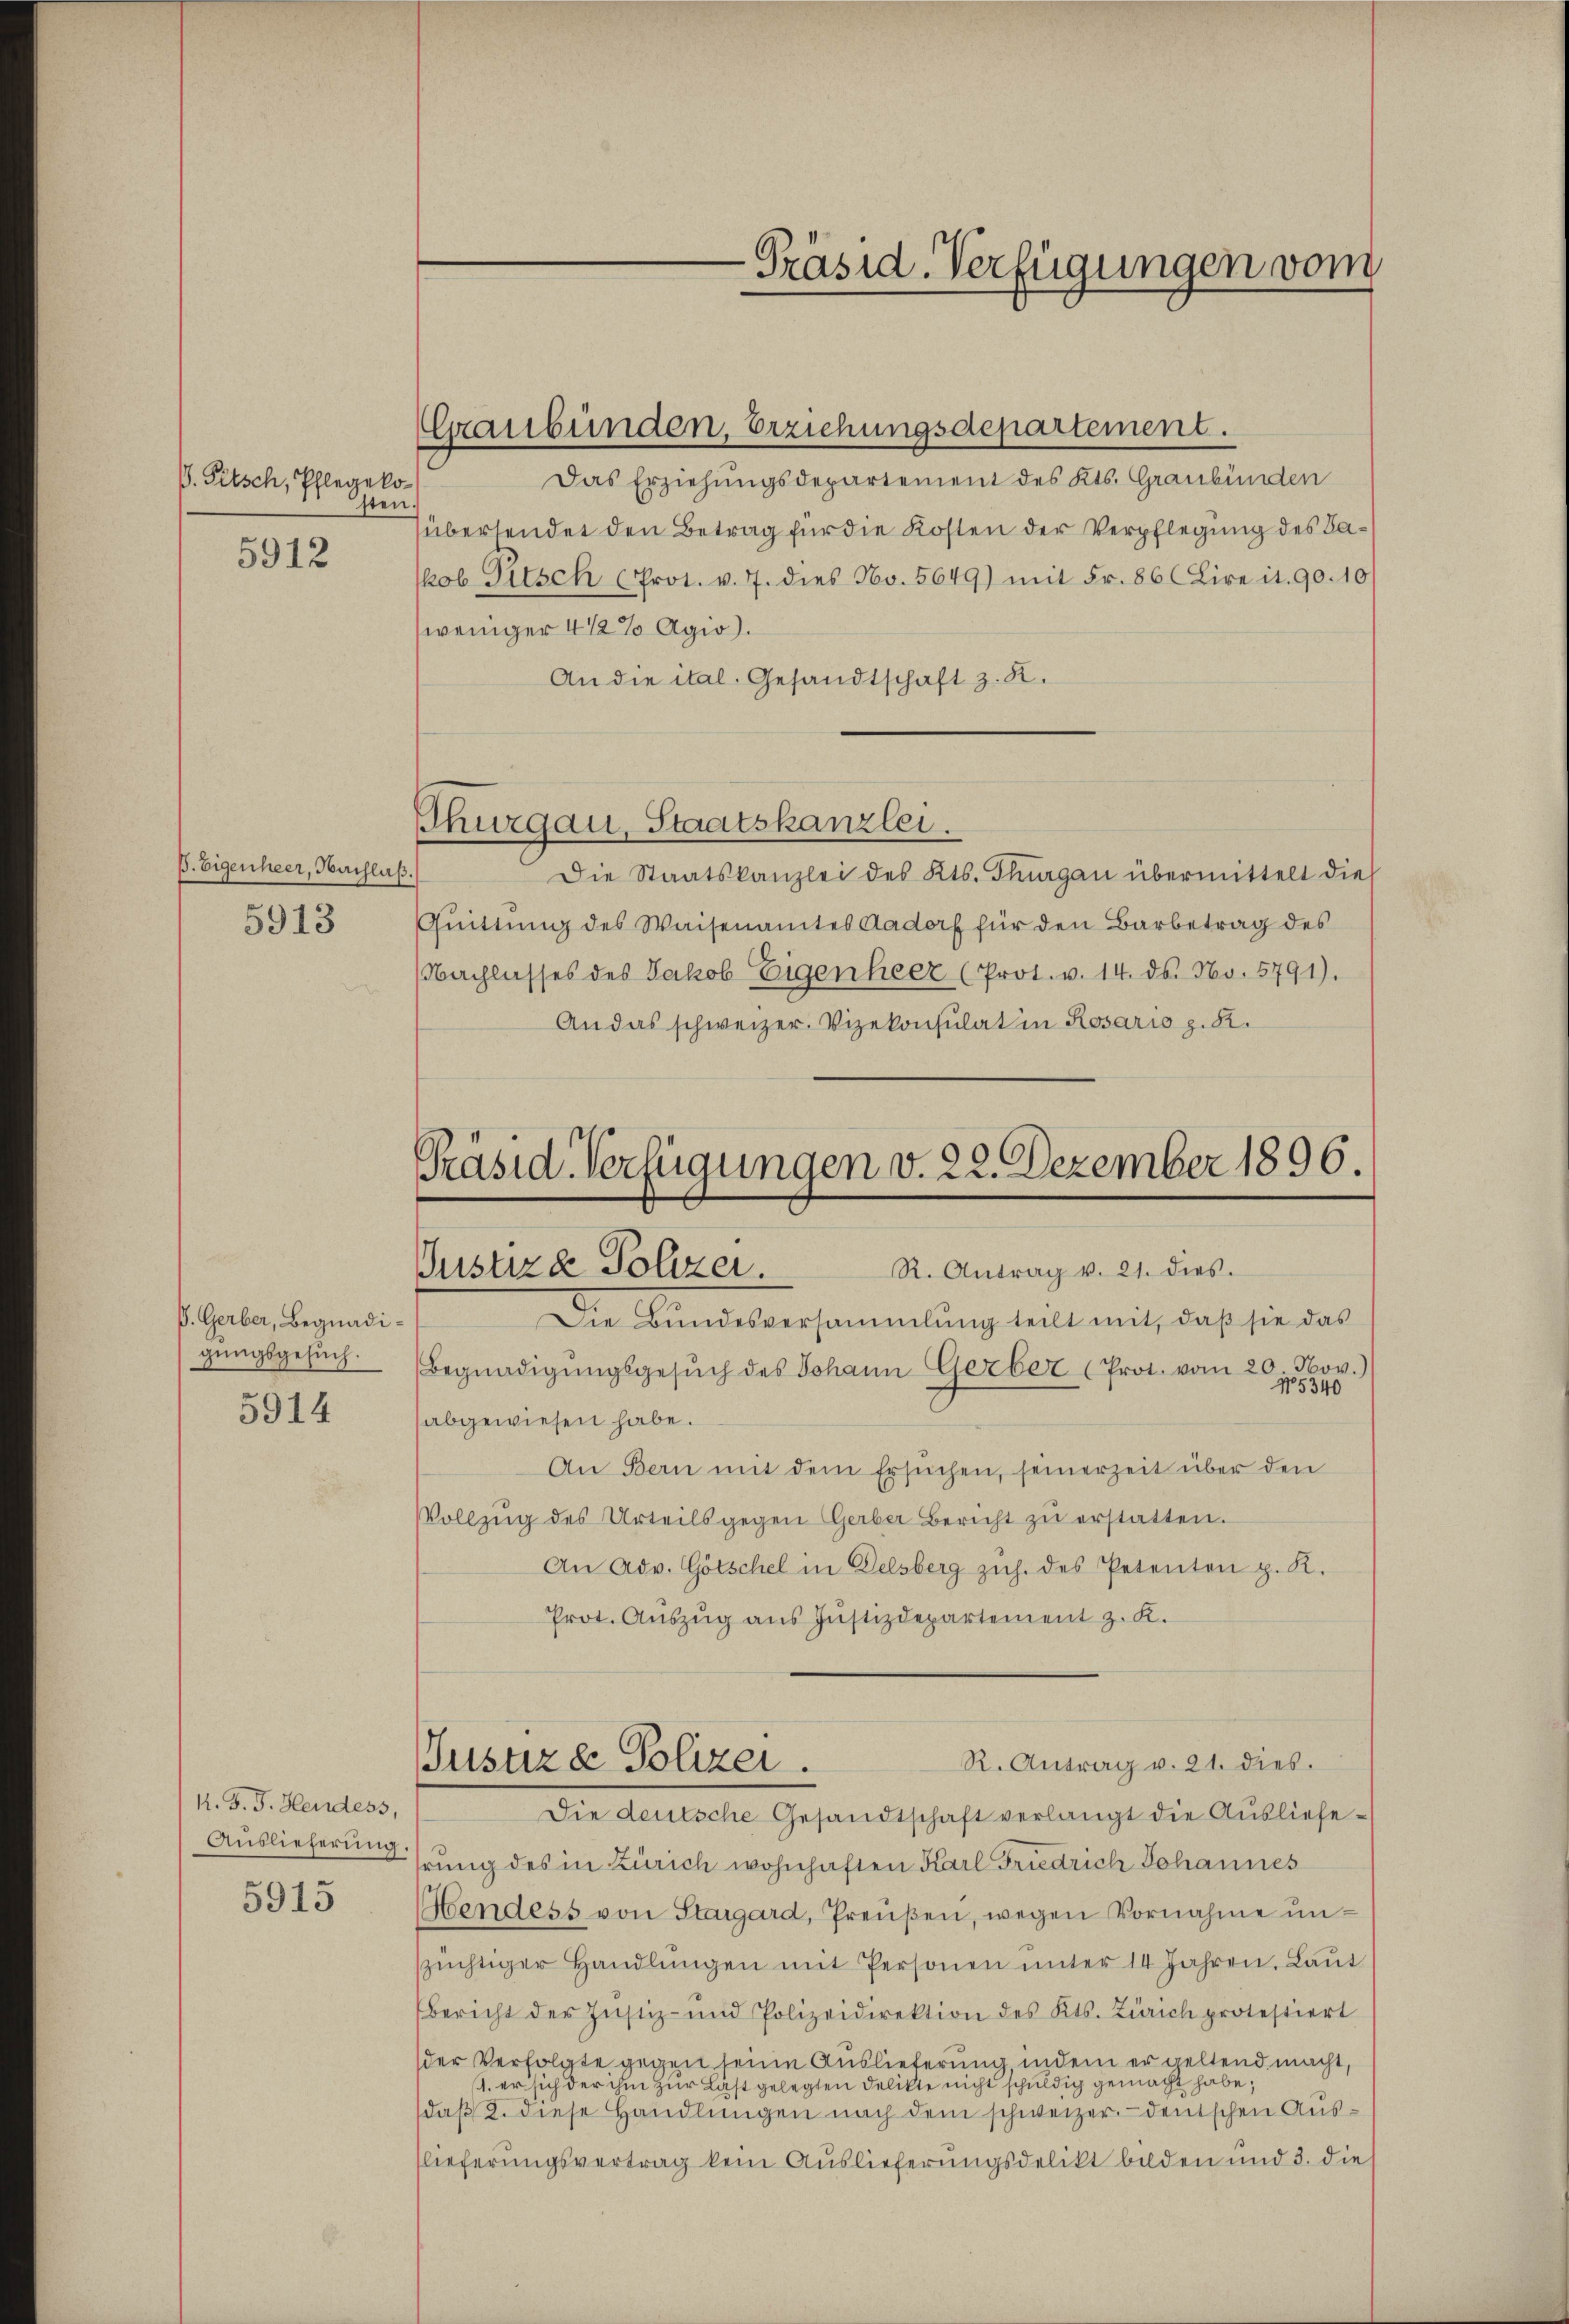
ß. Eigenheer, Nachlaß.

5913

P. Gerber, Begnadigungsgesuch.

5914

k. J. J. Hendess,
Auslieferung

5915

V. Petsch, Pflegeko
sten
5912

Präsid. Verfügungen vom

Graubünden, Erziehungsdepartement.

Das Erziehungsdepartement des Kts. Graubünden
übersendet den Betrag für die Kosten der Verpflegung des Bakob Titsch (Prot. v. 7. dies No. 5649) mit Fr. 86 ( Lire it. 90. 10
weniger 4 1/2% Agio).
An die ital. Gesandtschaft z. R.
Thurgau, Staatskanzlei.
Die Staatskanzlei des Kts. Thurgau übermittelt die
Quittung des Waisenamtes Aadorf für den Barbetrag des
Nachlasses des Jakob Eigenheer (Prot. v. 14. ds. No. 5791).
An das schweizer. Vizekonsulat in Rosario z. B.

Präsid. Verfügungen v. 22. Dezember 1896.
Justiza Polizei.
R. Antrag v. 21. dies.

Die Bundesversammlung teilt mit, daß sie das
Begnadigŭngsgesŭch des Johann Gerber (Prot. vom 20. Nov.)
15340
abgewiesen habe.
An Bern mit dem Ersuchen, seinerzeit über den
VVollzŭg des Urteils gegen Gerber Bericht zŭ erstatten.
An Adv. Götschel in Delsberg zŭh. des Petenten p. K.
Prot. Aŭszŭg aŭs Jŭstizdepartement z. K.
R. Antrag v. 21. dies.
Justiz & Polizei.
Die deutsche Gesandtschaft verlangt die Ausliefehrung des in Zürich wohnhaften Karl Friedrich Johannes
Hendess von Stargard, Preŭβen, wegen Vornahme unzüchtiger Handlŭngen mit Personen ŭnter 14 Jahren. Laŭt
Bericht der Justiz- und Polizeidirektion des Kts. Zürich protestiert
der Verfolgte gegen seine Auslieferung, indem er geltend macht,
1. er sich der ihm zur Last gelegten Delikte nicht schuldig gemacht habe;
daβ 2. diese Handlungen nach dem schweizer deutschen Auslieferungsvertrag kein Auslieferungsdelikt bilden und 3. die